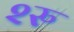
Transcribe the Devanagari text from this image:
२रु